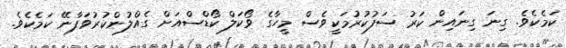
ކަމެކެވެ. ގިނަ ގިނައިން ކަރު ސަފުކުރުމަކީވެސް މީހާގެ ވޯކަލް ކޯޑްސްއަށް ގެއްލުންކުރުވަފާނޭ ކަމެކެވެ.